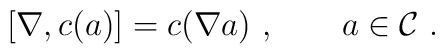
[\nabla,c(a)]=c(\nabla a) \ ,\qquad a\in{\cal C} \ .